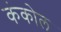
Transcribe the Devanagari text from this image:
कंकोल